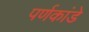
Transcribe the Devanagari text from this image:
पर्णकांडे